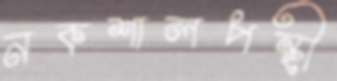
নকশালপন্থী